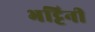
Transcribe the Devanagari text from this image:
भट्टिनी